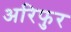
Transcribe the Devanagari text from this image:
अरिफुर